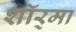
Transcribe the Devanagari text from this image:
शॉर्‌मा